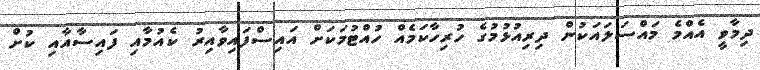
ދިމާވީ އެއްމެ މައްސަލައަކުން ދިރިއުޅުމުގެ ހުރިހާކަމެއް ހުއްޓުމަކަށް އައިސްފައިވާއިރު ކެއުމާއި ފައިސާއާއި ކުށް